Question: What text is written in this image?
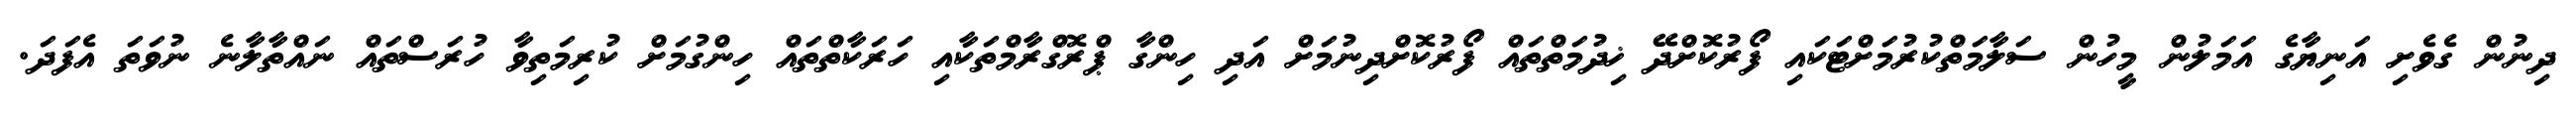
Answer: ދިނުން ގެވެށި އަނިޔާގެ އަމަލުން މީހުން ސަލާމަތްކުރުމަށްޓަކައި ފޯރުކޮށްދޭ ޚިދުމަތްތައް ފޯރުކޮށްދިނުމަށް އަދި ހިންގާ ޕްރޮގްރާމްތަކާއި ހަރަކާތްތައް ހިންގުމަށް ކުރިމަތިވާ ހުރަސްތައް ނައްތާލާނެ ނުވަތަ އެފަދަ.